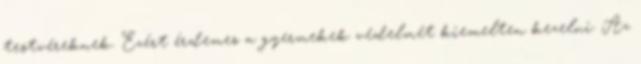
testvéreknek. Ezért érdemes a gyermekek védelmét kiemelten kezelni. Az